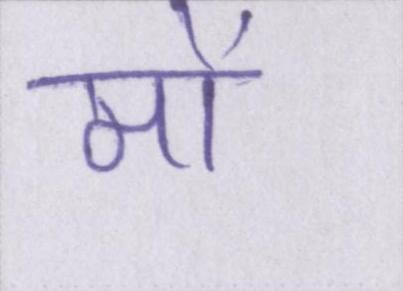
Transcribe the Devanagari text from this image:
मो